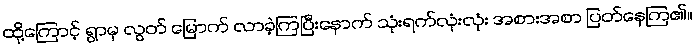
ထို့ကြောင့် ရွာမှ လွတ် မြောက် လာခဲ့ကြပြီးနောက် သုံးရက်လုံးလုံး အစားအစာ ပြတ်နေကြ၏။